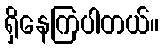
ရှိနေကြပါတယ်။